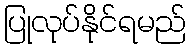
ပြုလုပ်နိုင်ရမည်